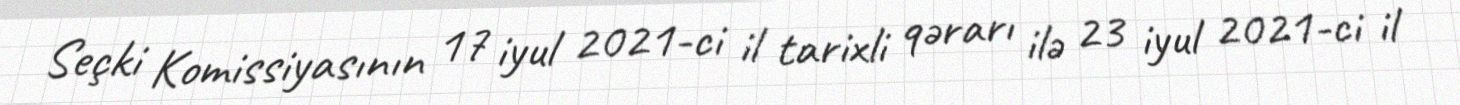
Seçki Komissiyasının 17 iyul 2021-ci il tarixli qərarı ilə 23 iyul 2021-ci il